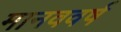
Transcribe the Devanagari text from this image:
मानववर्ष